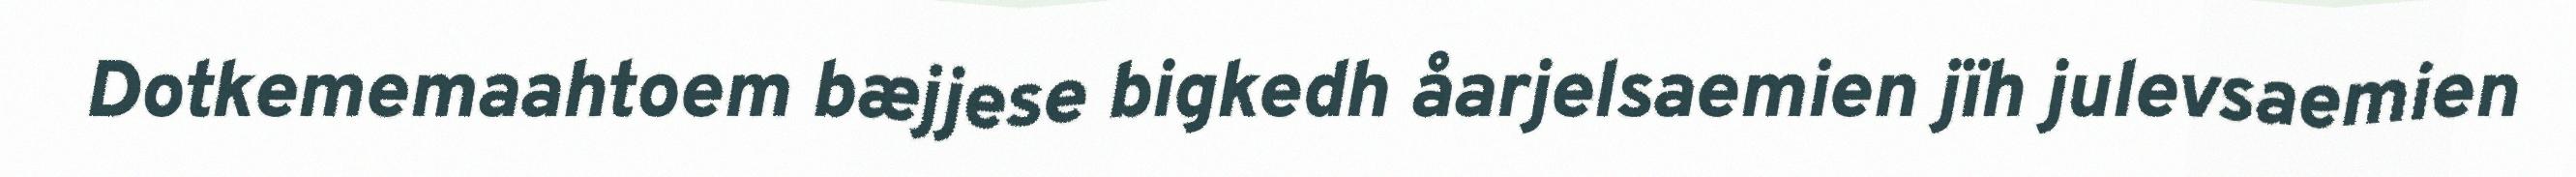
Dotkememaahtoem bæjjese bigkedh åarjelsaemien jïh julevsaemien